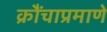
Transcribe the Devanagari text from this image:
क्रौंचाप्रमाणे